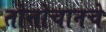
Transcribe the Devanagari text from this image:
तोत्तोचानचे